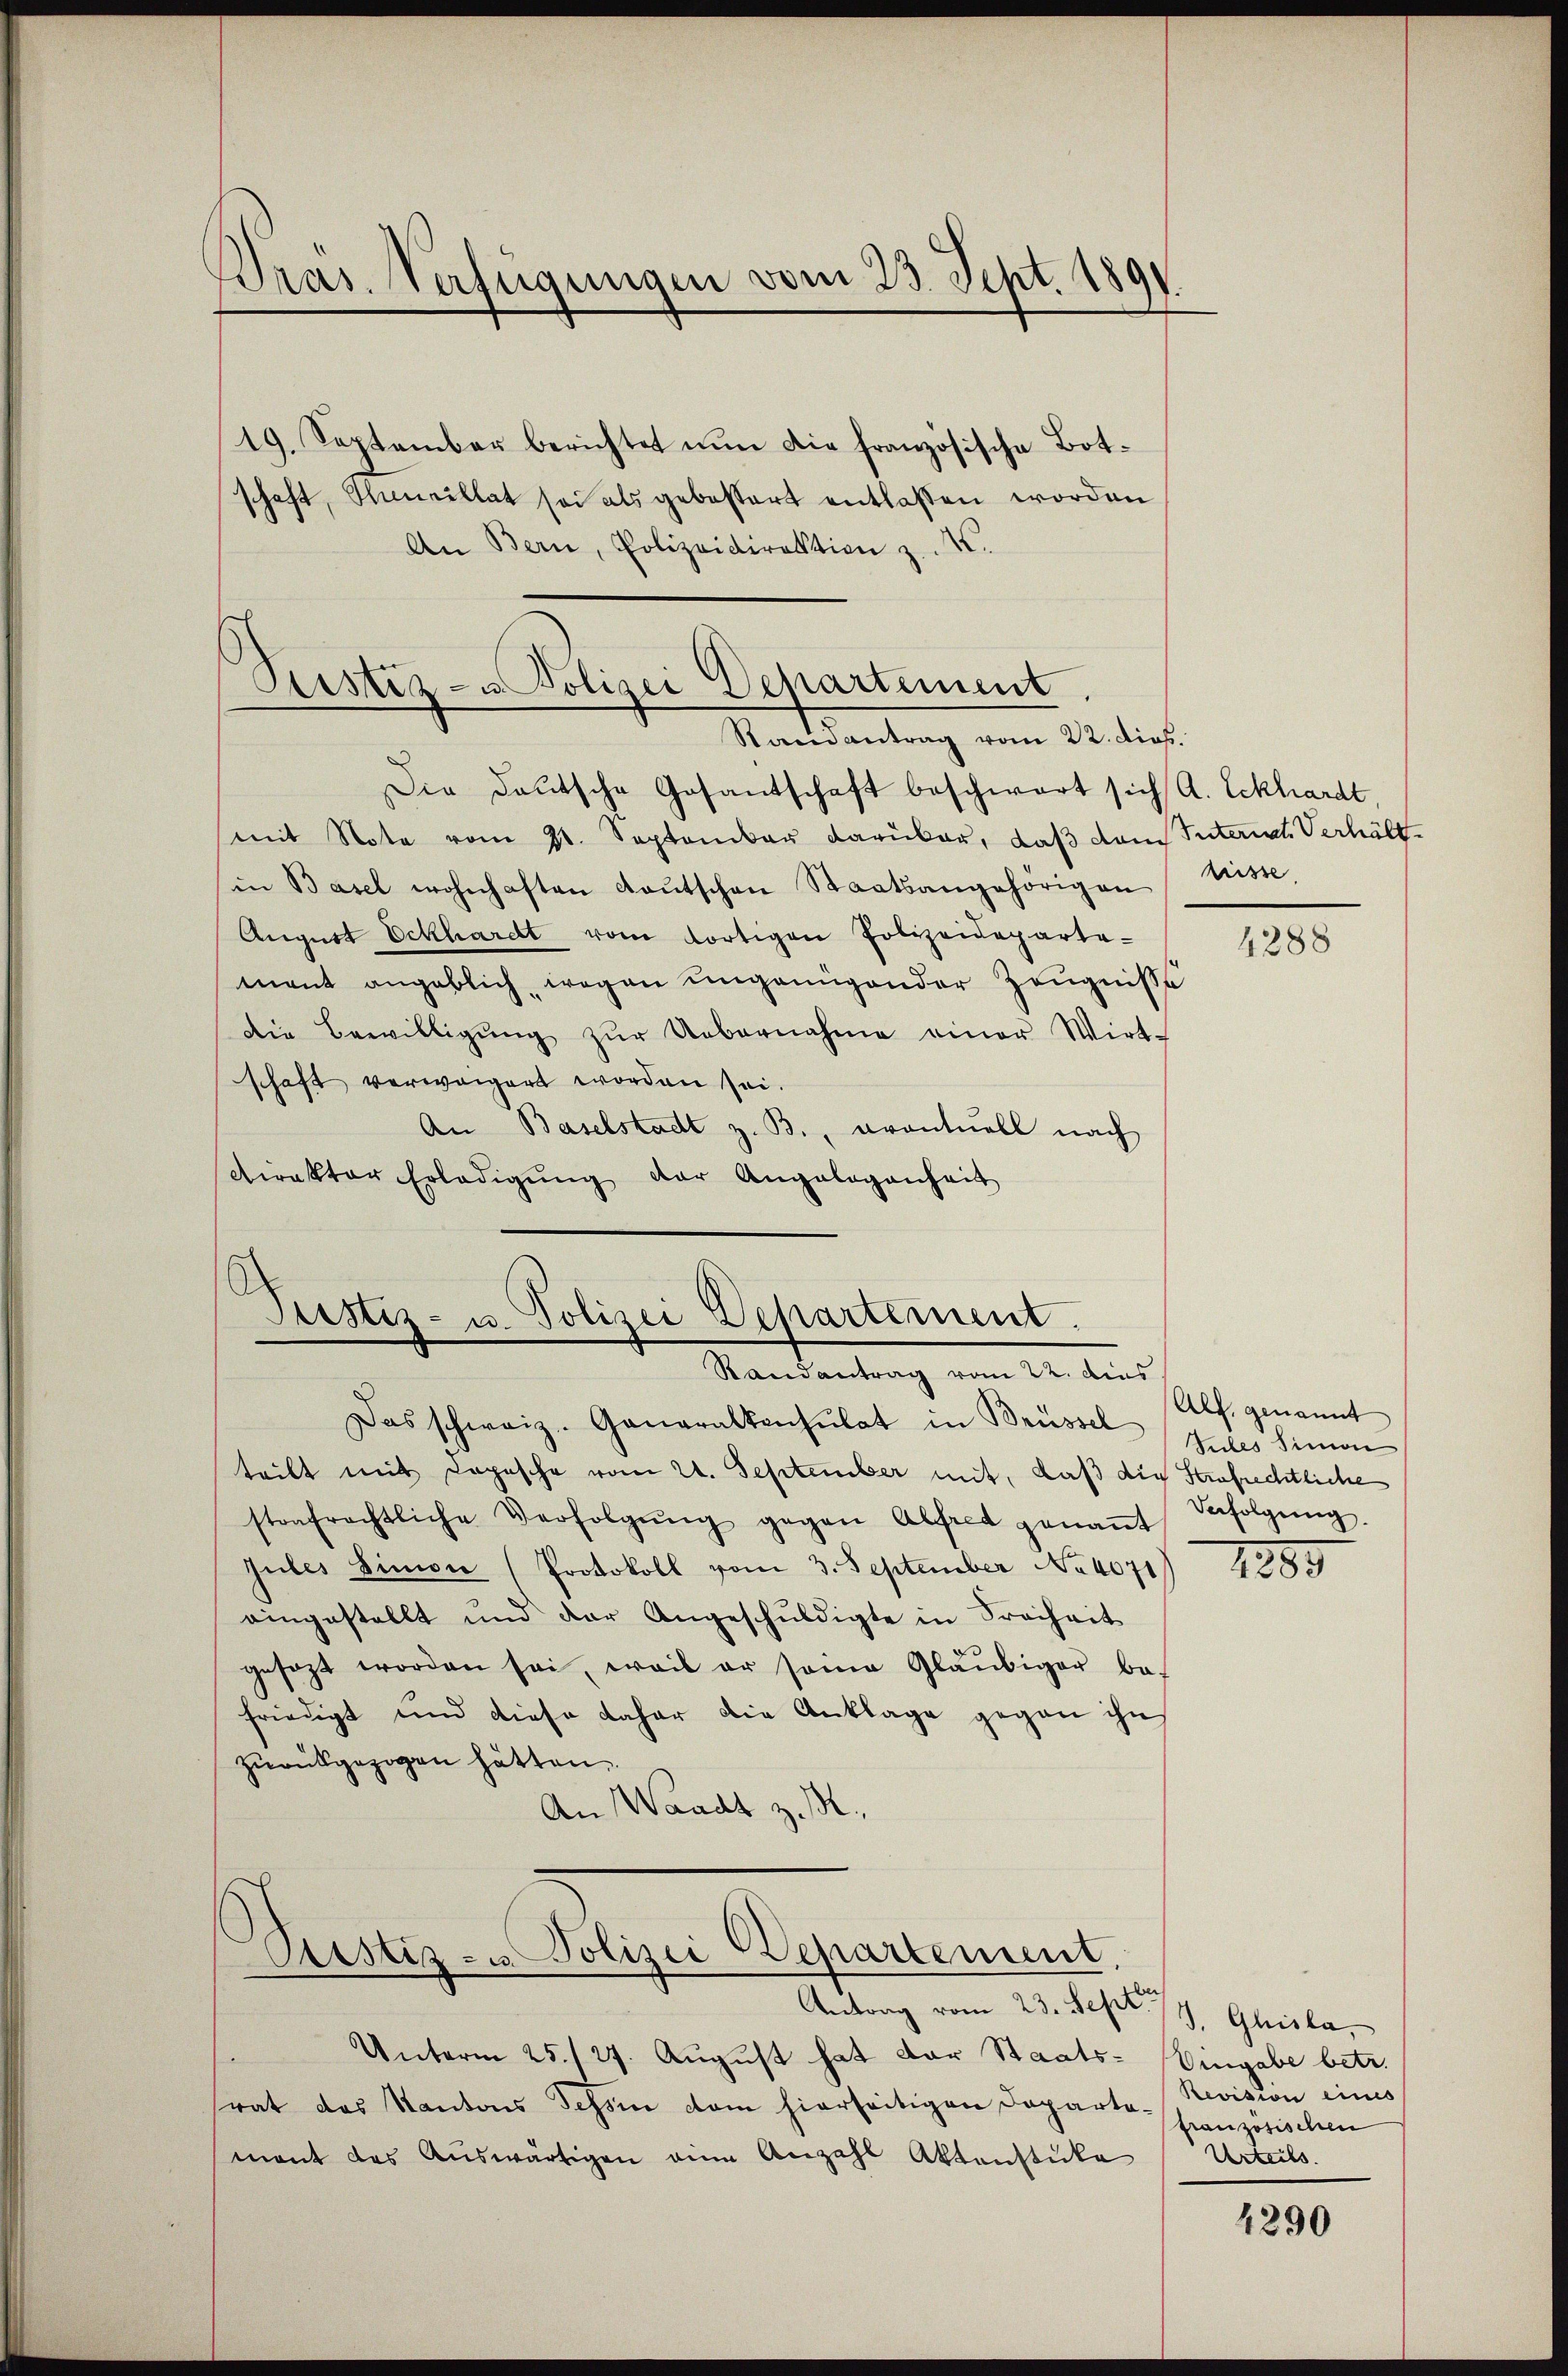
Dräs. Verfügungen vom 23. Sept. 1891

19. September berichtet nun die französische Botschaft, Ihnneillat sei als gebessert entlassen worden
An Bern, Polizeidirektion z. K.

Peistiz- & Polizei Departement.
Randantrag vom 22. dies

Die Deutsche Gosantschaft beschwart sich (A. Eckhardt
mit Note vom 31. September darüber, daß dem Intern Verhält
in Basel wohnhaften Kaŭtschen Staatsangehörigen Liste,
August Eckhardt vom dortigen Polizeideparte-
mant angeblich, wegen ungenügender Zeugniße
die Bewilligŭng zŭr Uebernahme einer Wirt-
schaft verweigert worden sei.
An Baselstadt z. B., eventuell nach
dirakter Erledigŭng der Angelegenheit

Justiz- u. Polizei Departement.
Randantrag vom 22. dies

Pestiz- u. Polizei Departement

Antrag vom 23. Sept.
Unterm 25./27. August hat der Staats-
rat das Kantons Tessin dem hierseitigen Departemant das Auswärtigen eine Anzahl Aktenstücke

Das schweiz. Generalkonsulat in Brüssel
teilt mit Lopesche vom 21. September mit, daß die Strafrechtliche
strafrechtliche Verfolgŭng gegen Alfred genaṅt
Jules Simon (Protokoll vom 3. September No 4071
eingestellt und der Angeschŭldigte in Freiheit
gesezt worden sei, weil er seine Gläubiger be-
friedigt und diese daher die Anklage gegen ihn
zurückgezogen hätten.
An Waadt z. B.

4288

Alf. genannt
Subes Simon
Befolgung.

1889

J. Glisla
Eingabe betr.
Revision eines
französischen
Urteils.

4290